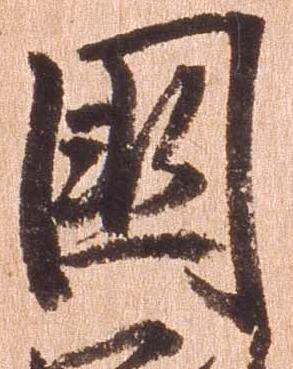
国